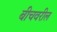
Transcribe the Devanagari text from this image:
बीचवरील